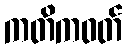
ကတိကဝတ်